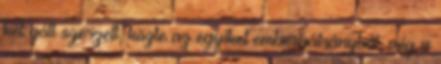
két gólt szerzett, közte az egyiket emberhátrányból, míg a